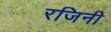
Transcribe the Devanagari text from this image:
रजिनी